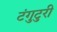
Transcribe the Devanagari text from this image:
टंगुटुरी